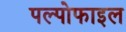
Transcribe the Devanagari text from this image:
पल्पोफाइल